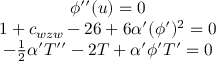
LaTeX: \begin{array} { c } { { \phi ^ { \prime \prime } ( u ) = 0 } } \\ { { 1 + c _ { w z w } - 2 6 + 6 \alpha ^ { \prime } ( \phi ^ { \prime } ) ^ { 2 } = 0 } } \\ { { - \frac { 1 } { 2 } \alpha ^ { \prime } T ^ { \prime \prime } - 2 T + \alpha ^ { \prime } \phi ^ { \prime } T ^ { \prime } = 0 } } \end{array}